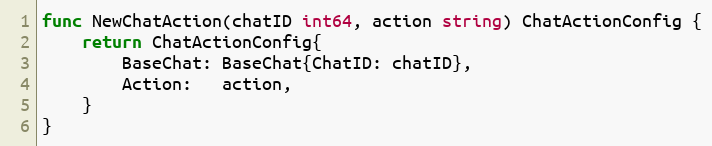
Language: Go
func NewChatAction(chatID int64, action string) ChatActionConfig {
	return ChatActionConfig{
		BaseChat: BaseChat{ChatID: chatID},
		Action:   action,
	}
}